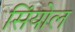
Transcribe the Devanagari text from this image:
सिंयोल